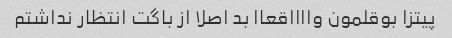
پیتزا بوقلمون وااااقعاا بد اصلا از باگت انتظار ندا‌شتم